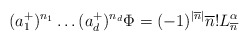
\begin{align*}(a_1^+)^{n_1}\dots(a_d^+)^{n_d}\Phi=(-1)^{|\overline{n}|}\overline{n}!L^\alpha_{\overline{n}}\end{align*}